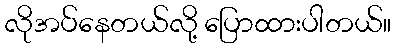
လိုအပ်နေတယ်လို့ ပြောထားပါတယ်။